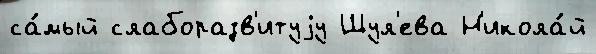
са́мый слаборазв'итуjу Шул'ева Н'икола́й